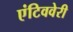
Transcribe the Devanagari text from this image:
एंटिववेरी